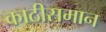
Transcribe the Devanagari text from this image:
काठीसमान